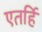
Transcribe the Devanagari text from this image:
एतर्हि